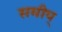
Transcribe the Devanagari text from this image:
समीप्